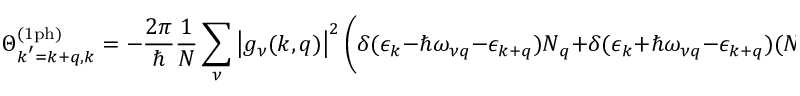
\Theta _ { \boldsymbol { k } ^ { \prime } = \boldsymbol { k } + \boldsymbol { q } , \boldsymbol { k } } ^ { \mathrm { ( 1 p h ) } } = - \frac { 2 \pi } { \hbar } \frac { 1 } { N } \sum _ { \nu } \left| g _ { \nu } ( \boldsymbol { k } , \boldsymbol { q } ) \right| ^ { 2 } \bigg ( \delta ( \epsilon _ { \boldsymbol { k } } - \hbar \omega _ { \nu \boldsymbol { q } } - \epsilon _ { \boldsymbol { k } + \boldsymbol { q } } ) N _ { \boldsymbol { q } } + \delta ( \epsilon _ { \boldsymbol { k } } + \hbar \omega _ { \nu \boldsymbol { q } } - \epsilon _ { \boldsymbol { k } + \boldsymbol { q } } ) ( N _ { \boldsymbol { q } } + 1 ) \bigg )